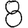
Digit: 8